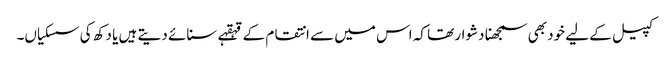
کپیل کے لیے خود بھی سمجھنا دشوار تھا کہ اس میں سے انتقام کے قہقہے سنائے دیتے ہیں یا دکھ کی سسکیاں۔